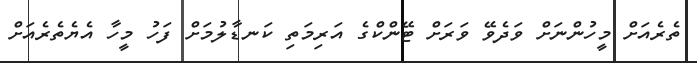
ތެރެއަށް މީހުންނަށް ވަދެވޭ ވަރަށް ޓޭންކްގެ އަރިމަތި ކަނޑާލުމަށް ފަހު މީހާ އެޔެތެރެއަށް